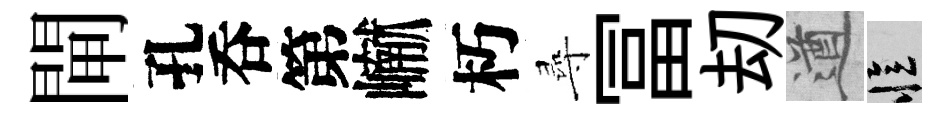
閘孔呑第𪩘朽尋冨刧遒忆